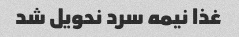
غذا نیمه سرد نحویل شد